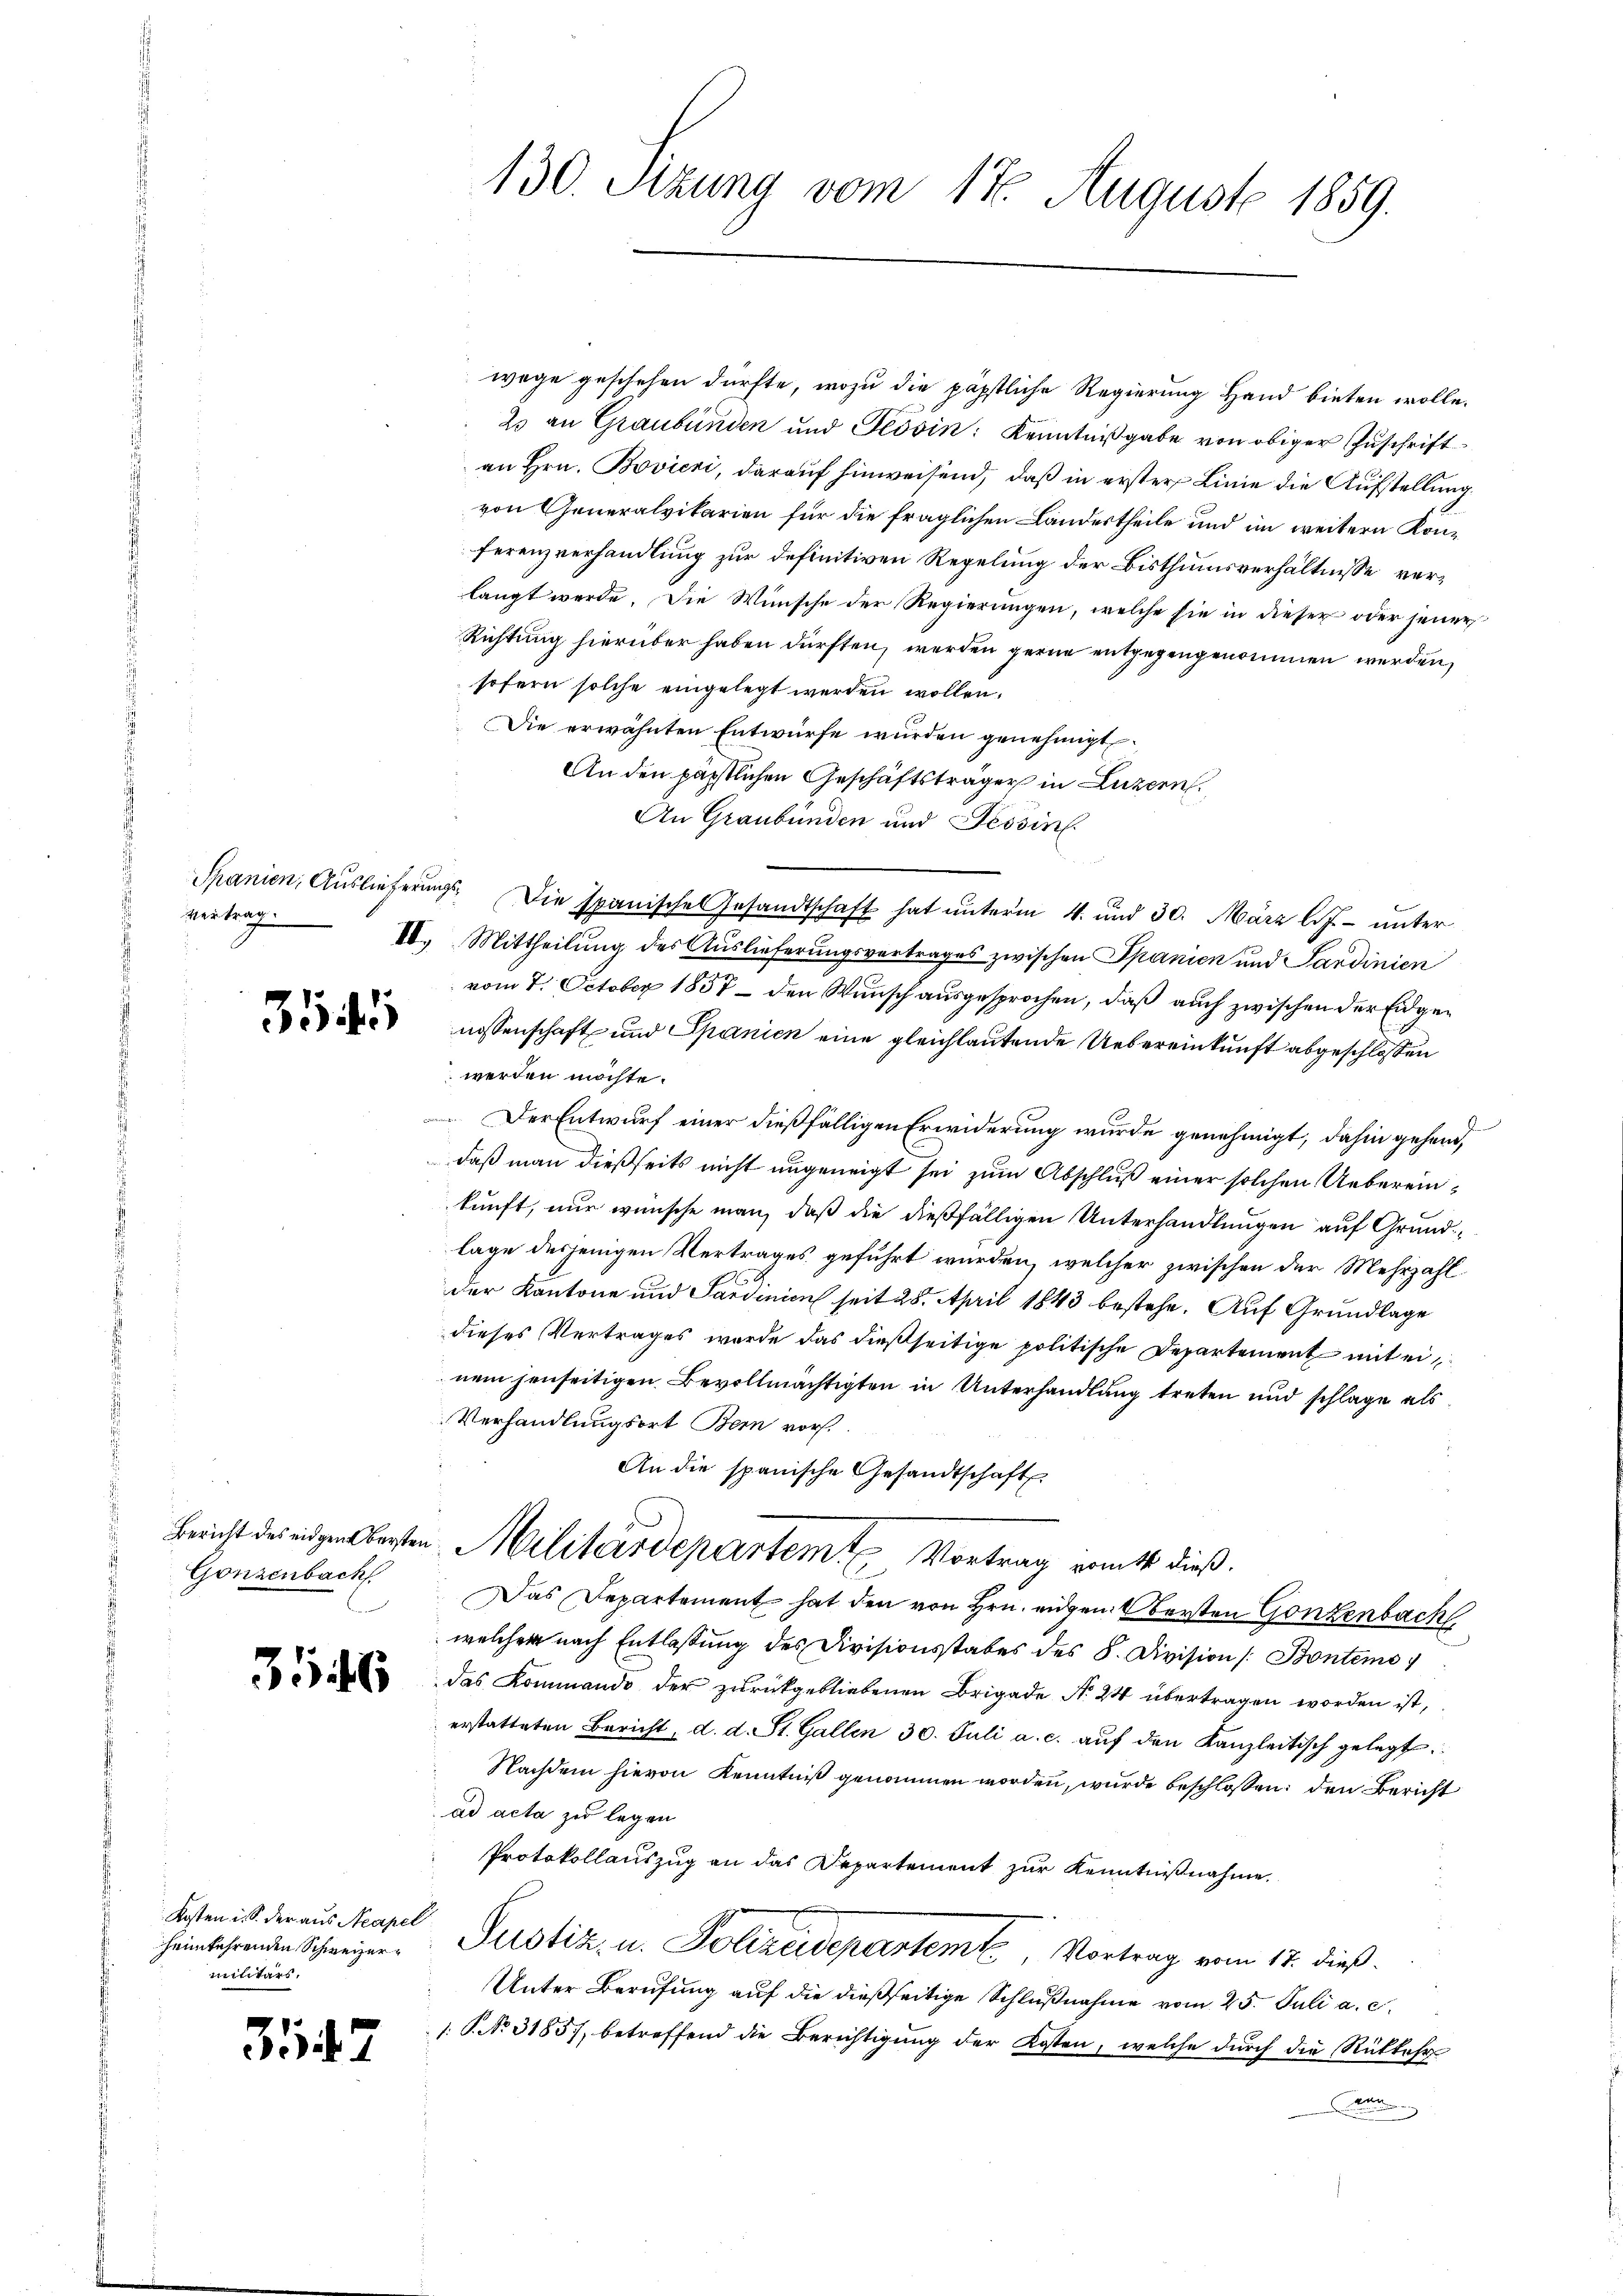
vertrag.

3545

3546

Kosten i. S. der aus Neapel
heimkehrenden Schweizermilitärs.

35

Gonzenbach

130. Stzung vom 17. August 1859.

wege geschehen dürfte, wozu die päpstliche Regierung Hand bieten wolle.
25 an Graubünden und Tessin: Kenntnißgabe von obiger Zuschriftan Hrn. Bovieni, darauf hinweisend, daß in erster Linie die Aufstellung
von Generalvikarien für die fraglichen Landertheile und im weitern Konferenzverhandlung zur definitiven Regelung der Bisthumsverhältnisse verlangt werde. Die Wünsche der Regierungen, welche sie in dieser oder jener
Richtung hierüber haben dürften, werden gerne entgegengenommen werden,
sofern solche eingelegt werden wollen.
Die erwähnten Entwürfe würden genehmigt.
An den päpstlichen Geschäftsträger in Luzern.
An Graubünden und Tessin.
Spanien, Auslieferŭngs. Die spanisches Gesandtschaft hat ŭnterm 4. und 30. März l. J. unter
10.) Mittheilung des Auslieferungsvertrages zwischen Spanien und Sardinien
vom 7. October 1857 - den Wunsch ausgesprochen, daß auch zwischen der Eidgenossenschaft und Spanien eine gleichlautende Uebereinkunft abgeschlossen
werden möchte.
Der Entwurf einer dießfälligen Erwiderung wurde genehmigt, dahin gehend
daß man dießseits nicht ungeneigt sei zum Abschluß einer solchen Uebereinkunft, nur wünsche man, daß die dießfälligen Unterhandlungen auf Grundlage desjenigen Vertrages geführt würden, welcher zwischen der Mehrzahlder Kantone und Sardinien seit 28. April 1843 bestehe. Auf Grundlage
dieses Vertrages wurde das dießseitige politische Departement mit einem jenseitigen Bevollmächtigten in Unterhandlung treten und schlage als
Verhandlungsort Bei vor.
An die spanische Gesandtschaft
Bericht der eingen besten Militärdepartem Vortrag ermitt dieß.
Das Departement hat den von Hrn. eidgen. Obersten Gonzenbach
welchem nach Entlassung des Divisionsstabes des 8. Division (: Bontemo
das Kommando der zurückgebliebenen Brigade No 24 übertragen worden ist,
erstatteten Bericht, d. d. St. Gallen 30. Juli a. c. aŭf den Kanzleitisch gelegt
Nachdem hievon Kenntniß genommen worden, wurde beschlossen: den Bericht
ad acta zu legen
Protokollauszug an das Departement zur Kenntnißnahme.
Pustiz, u. Polizeidepartemte, Vortrag vom 17. dieß.
Unter Berufung auf die dießseitige Schlußnahme vom 25. Juli a. c.
1. P. No 31857, betreffend die Berichtigŭng der Kosten, welche dŭrch die Rükkehr
aan